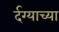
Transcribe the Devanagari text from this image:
र्दग्याच्या